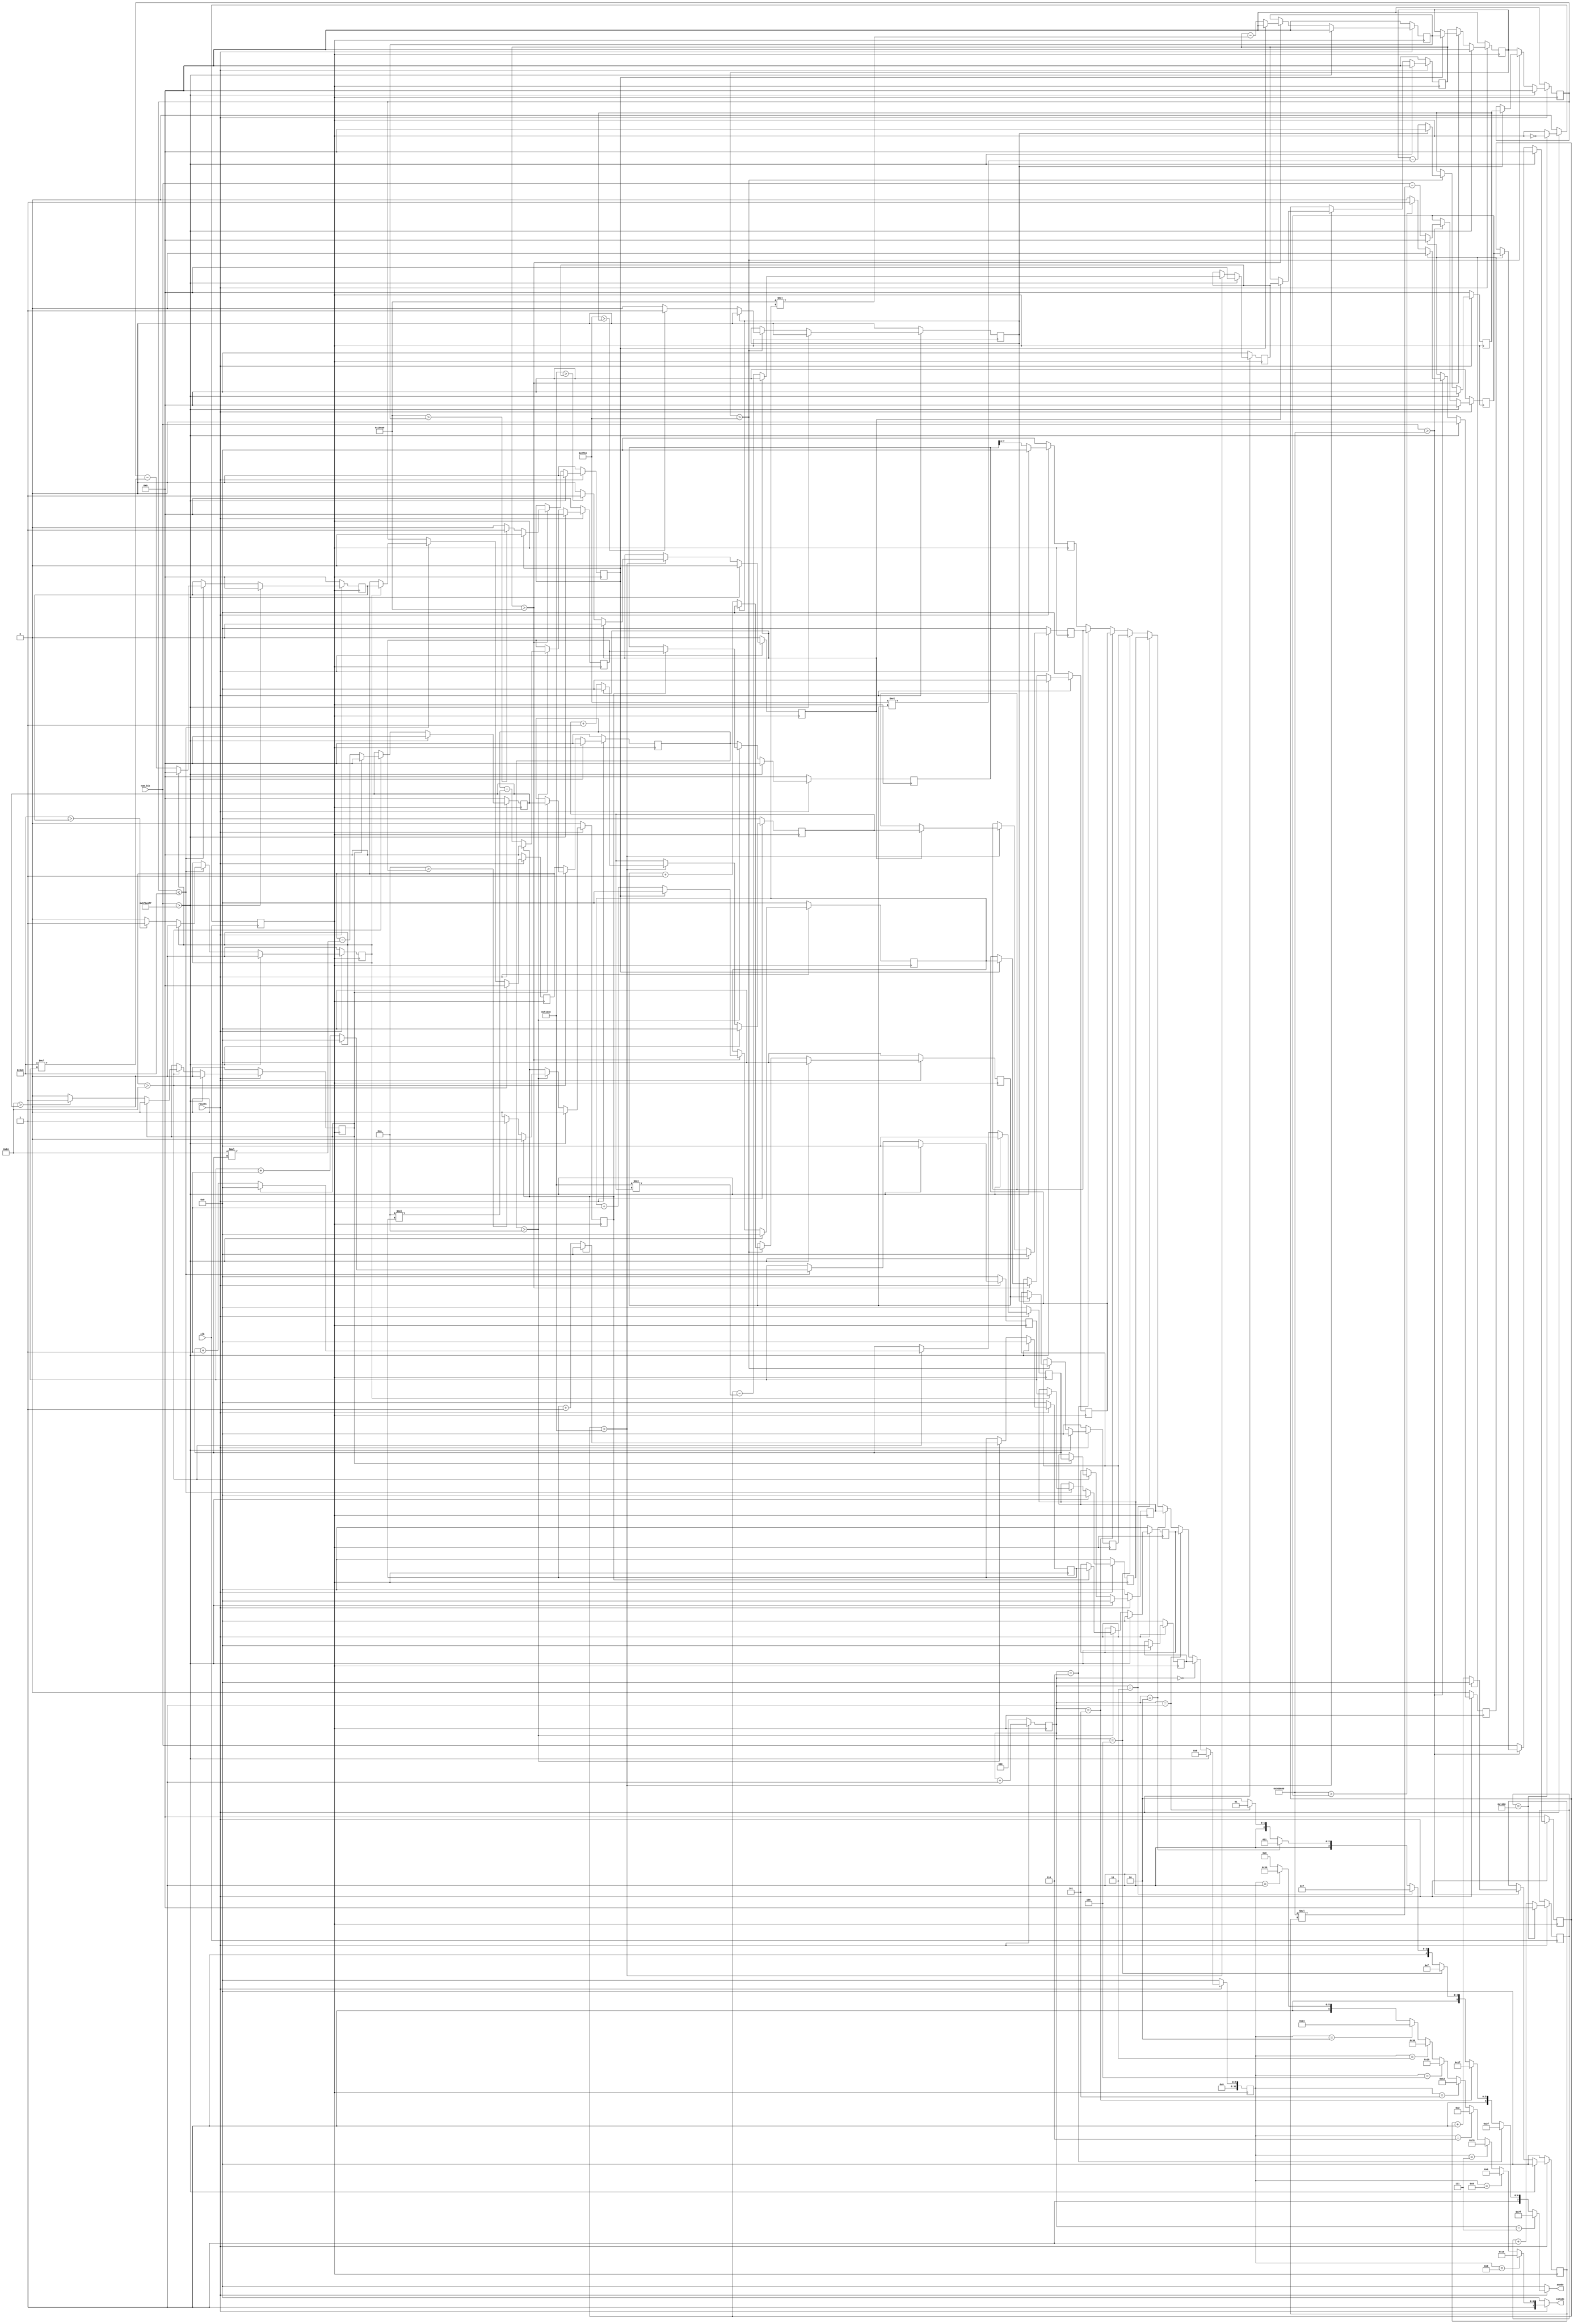
module segmentdec (	input clk,
			input resetn,
			input [31:0] num_bit,
			output reg [7:0]anodo,
			output reg [7:0]catodo
			);


reg clk12;
reg [31:0]counter;


always @(posedge clk) begin

	if (resetn == 0)
		clk12 <= 0;
	else begin

            if(counter == 5000) begin
                clk12 <= ~clk12;
                counter <= 0;
            end 
            else begin
                clk12 <= clk12;
                counter <= counter + 1;
            end
       end
end

parameter R7 = 10000000;
parameter R6 = 1000000;
parameter R5 = 100000;
parameter R4 = 10000;
parameter R3 = 1000;
parameter R2 = 100;
parameter R1 = 10;


parameter ZERO = 8'b11000000;
parameter ONE = 8'b11111001;
parameter TWO = 8'b10100100;
parameter THREE = 8'b10110000;
parameter FOUR = 8'b10011001;
parameter FIVE = 8'b10010010;
parameter SIX = 8'b10000010;
parameter SEVEN = 8'b11111000;
parameter EIGHT = 8'b10000000;
parameter NINE = 8'b10010000;


reg [7:0] cont0;
reg [7:0] cont1;
reg [7:0] cont2;
reg [7:0] cont3;
reg [7:0] cont4;
reg [7:0] cont5;
reg [7:0] cont6;
reg [7:0] cont7;

reg [7:0] cont0_Aux;
reg [7:0] cont1_Aux;
reg [7:0] cont2_Aux;
reg [7:0] cont3_Aux;
reg [7:0] cont4_Aux;
reg [7:0] cont5_Aux;
reg [7:0] cont6_Aux;
reg [7:0] cont7_Aux;

reg [31:0] num6;
reg [31:0] num5;
reg [31:0] num4;
reg [31:0] num3;
reg [31:0] num2;
reg [31:0] num1;
reg [31:0] num0;

reg [31:0] res7;
reg [31:0] res6;
reg [31:0] res5;
reg [31:0] res4;
reg [31:0] res3;
reg [31:0] res2;
reg [31:0] res1;
reg [31:0] res0;

reg flag1;reg flag2;reg flag3;reg flag4;reg flag5;reg flag6;reg flag7;


reg [31:0] catodo_Aux;
reg [2:0] anodo_Aux;


always @(*) begin

	if (resetn==0) begin
		anodo = 0;
		catodo = 0;
	end
	else begin
	
	if (anodo_Aux == 7)
			anodo = 8'b01111111;
		else begin
			if (anodo_Aux == 6)
				anodo = 8'b10111111;
			else begin
				if (anodo_Aux == 5)
					anodo = 8'b11011111;
				else begin
					if (anodo_Aux == 4)
						anodo = 8'b11101111;
					else begin
						if (anodo_Aux == 3)
							anodo = 8'b11110111;
						else begin
							if (anodo_Aux == 2)
								anodo = 8'b11111011;
							else begin
								if (anodo_Aux == 1)
									anodo = 8'b11111101;
								else
									anodo = 8'b11111110;
							end
						end
					end
				end
			end
		end
	
	

if (catodo_Aux == 9)
	catodo = NINE;
else begin
	if (catodo_Aux == 8)
		catodo = EIGHT;
	else begin
		if (catodo_Aux == 7)
			catodo = SEVEN;
		else begin
			if (catodo_Aux == 6)
				catodo = SIX;
			else begin
				if (catodo_Aux == 5)
					catodo = FIVE;
				else begin
					if (catodo_Aux == 4)
						catodo = FOUR;
					else begin
						if (catodo_Aux == 3)
							catodo = THREE;
						else begin
							if (catodo_Aux == 2)
								catodo = TWO;
							else begin
								if (catodo_Aux == 1)
									catodo = ONE;
								else
									catodo = ZERO;
							end
						end
					end
				end
			end
		end
	end
end

end
end

always @(posedge clk12) begin

	if (resetn == 0) begin

		cont0 <= 0; cont1 <= 0; cont2 <= 0; cont3 <= 0; cont4 <= 0; cont5 <= 0; cont6 <= 0; cont7 <= 0;
		
		cont7_Aux <= 0;cont6_Aux <= 0;cont5_Aux <= 0;cont4_Aux <= 0;cont3_Aux <= 0;cont2_Aux <= 0;cont1_Aux <= 0;cont0_Aux <= 0;
		
		res7 <= 0; res6 <= 0; res5 <= 0; res4 <= 0; res3 <= 0; res2 <= 0; res1 <= 0; res0 <= 0;
		
		num6 <= 0; num5 <= 0; num4 <= 0; num3 <= 0; num2 <= 0; num1 <= 0; num0 <= 0;
		
		anodo_Aux <= 0; catodo_Aux <= 0;
		
		flag1 <= 0;flag2 <= 0;flag3 <= 0;flag4 <= 0;flag5 <= 0;flag6 <= 0;flag7 <= 0;
	end

	else begin
	
		if (num_bit > 99999999) begin
			
			anodo_Aux <= anodo_Aux + 1; catodo_Aux <= 9;
			
		cont0 <= 0; cont1 <= 0; cont2 <= 0; cont3 <= 0; cont4 <= 0; cont5 <= 0; cont6 <= 0; cont7 <= 0;
		cont7_Aux <= 0;cont6_Aux <= 0;cont5_Aux <= 0;cont4_Aux <= 0;cont3_Aux <= 0;cont2_Aux <= 0;cont1_Aux <= 0;cont0_Aux <= 0;
		res7 <= 0; res6 <= 0; res5 <= 0; res4 <= 0; res3 <= 0; res2 <= 0; res1 <= 0; res0 <= 0;
		num6 <= 0; num5 <= 0; num4 <= 0; num3 <= 0; num2 <= 0; num1 <= 0; num0 <= 0;
		flag1 <= 0;flag2 <= 0;flag3 <= 0;flag4 <= 0;flag5 <= 0;flag6 <= 0;flag7 <= 0;
		
		end
		
		else begin
		//=============================D7=============================
		if (num_bit > R7) begin
		if (flag7 == 0) begin
			res7 <= num_bit - R7*cont7;
			cont7 <= cont7 + 1;
			if (R7 > res7)
				flag7 <= 1;
			else
				flag7 <= 0;
		end
		else begin
			num6 <= res7;
			res7 <= 0;
			cont7 <= 0;
			flag7 <= 0;
			cont7_Aux <= cont7;
		end
		end
		else begin num6 <= num_bit; end
		//=============================D6=============================
		if (num6 > R6) begin
		if (flag6 == 0) begin
			res6 <= num6 - R6*cont6;
			cont6 <= cont6 + 1;
			if (R6 > res6)
				flag6 <= 1;
			else
				flag6 <= 0;
		end
		else begin
			num5 <= res6;
			res6 <= 0;
			cont6 <= 0;
			flag6 <= 0;
			cont6_Aux <= cont6;
		end
		end
		else begin num5 <= num6; end
		//=============================D5=============================
		if (num5 > R5) begin
		if (flag5 == 0) begin
			res5 <= num5 - R5*cont5;
			cont5 <= cont5 + 1;	
			if (R5 > res5)
				flag5 <= 1;
			else
				flag5 <= 0;
		end
		else begin
			num4 <= res5;
			res5 <= 0;
			cont5 <= 0;
			flag5 <= 0;
			cont5_Aux <= cont5;
		end
		end
		else begin num4 <= num5; end
		
		//=============================D4=============================
		if (num4 > R4) begin
		if (flag4 == 0) begin
			res4 <= num4 - R4*cont4;
			cont4 <= cont4 + 1;
			if (R4 > res4)
				flag4 <= 1;
			else
				flag4 <= 0;
		end
		else begin
			num3 <= res4;
			res4 <= 0;
			cont4 <= 0;
			flag4 <= 0;
			cont4_Aux <= cont4;
		end
		end
		else begin num3 <= num4; end
		//=============================D3=============================
		if (num3 <= R3) begin
		if (flag3 == 0) begin
			res3 <= num3 - R3*cont3;
			cont3 <= cont3 + 1;
			if (R3 > res3)
				flag3 <= 1;
			else
				flag3 <= 0;
		end
		else begin
			num2 <= res3;
			res3 <= 0;
			cont3 <= 0;
			flag3 <= 0;
			cont3_Aux <= cont3;
		end
		end
		else begin num2 <= num3; end
		//=============================D2=============================
		if (num2 > R2) begin
		if (flag2 == 0) begin
			res2 <= num2 - R2*cont2;
			cont2 <= cont2 + 1;
			if (R2 > res2)
				flag2 <= 1;
			else
				flag2 <= 0;
		end
		else begin
			num1 <= res2;
			res2 <= 0;
			cont2 <= 0;
			flag2 <= 0;
			cont2_Aux <= cont2;
		end
		end
		else begin num1 <= num2; end
		//=============================D1=============================
		if (num1 > R1) begin
		if (flag1 == 0) begin
			res1 <= num1 - R1*cont1;
			cont1 <= cont1 + 1;
			if (R1 > res1)
				flag1 <= 1;
			else
				flag1 <= 0;	
		end
		else begin
			num0 <= res1;
			res1 <= 0;
			cont1 <= 0;
			flag1 <= 0;
			cont1_Aux <= cont1;
		end
		end
		else begin num0 <= num1; end
		//=============================D0=============================
		
		cont7_Aux <= num0;
		
		anodo_Aux <= anodo_Aux + 1;
		
		if (anodo_Aux == 0)
			catodo_Aux <= cont0_Aux;
		else begin
			if (anodo_Aux == 1)
				catodo_Aux <= cont1_Aux;
			else begin
				if (anodo_Aux == 2)
					catodo_Aux <= cont2_Aux;
				else begin
					if (anodo_Aux == 3)
						catodo_Aux <= cont3_Aux;
					else begin
						if (anodo_Aux == 4)
							catodo_Aux <= cont4_Aux;
						else begin
							if (anodo_Aux == 5)
								catodo_Aux <= cont5_Aux;
							else begin
								if (anodo_Aux == 6)
									catodo_Aux <= cont6_Aux;
								else
									catodo_Aux <= cont7_Aux;
							end
						end
					end
				end
			end
		end	
		
		
		end
	end

end
endmodule